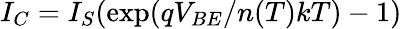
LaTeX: I_{C}=I_{S}(\exp({qV_{BE}/n(T)kT})-1)